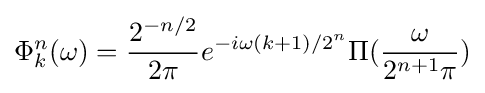
\Phi _{k}^{n}(\omega )={\frac {2^{-n/2}}{2\pi }}e^{-i\omega (k+1)/2^{n}}\Pi ({\frac {\omega }{2^{n+1}\pi }})